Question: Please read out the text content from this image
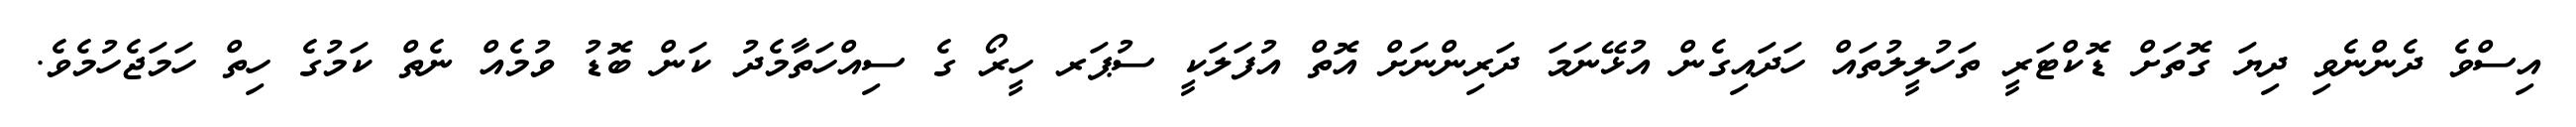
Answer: އިސްވެ ދެންނެވި ދިޔަ ގޮތަށް ޑޮކްޓަރީ ތަހުލީލުތައް ހަދައިގެން އުޅޭނަމަ ދަރިންނަށް އޮތް އުފަލަކީ ސުޕަރ ހީރޯ ގެ ސިއްހަތާމެދު ކަން ބޮޑު ވުމެއް ނެތް ކަމުގެ ހިތް ހަމަޖެހުމެވެ.